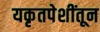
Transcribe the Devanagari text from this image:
यकृतपेशींतून